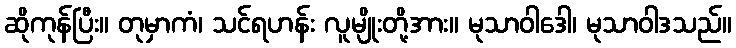
ဆိုကုန်ပြီး။ တုမှာကံ၊ သင်ရဟန်း လူမျိုးတို့အား။ မုသာဝါဒေါ၊ မုသာဝါဒသည်။